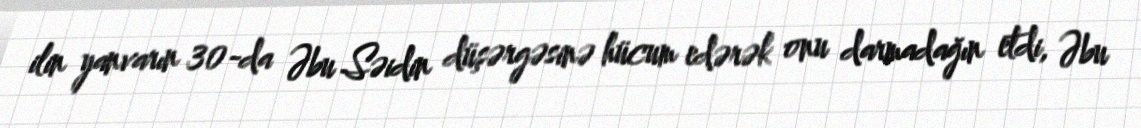
ilin yanvarın 30-da Əbu Səidin düşərgəsinə hücum edərək onu darmadağın etdi, Əbu